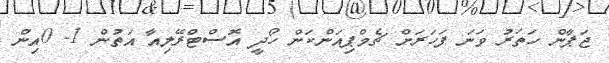
ޖަޕާން ހަތަރު ވަނަ ފަހަރަށް ޗެމްޕިއަންކަން ހޯދީ އޮސްޓްރޭލިއާ އަތުން 1- 0އިން